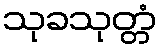
သုခသုတ္တံ